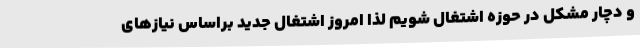
و دچار مشکل در حوزه اشتغال شویم لذا امروز اشتغال جدید براساس نیازهای